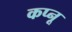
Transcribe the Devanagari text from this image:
कप्नू